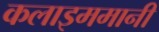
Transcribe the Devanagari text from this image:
कलाइममानी